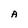
Character: A